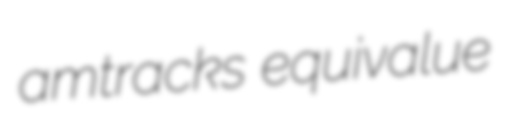
amtracks equivalue